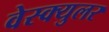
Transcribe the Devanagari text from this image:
वेस्क्युलर